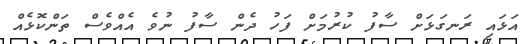
އަޅައި ރަނގަޅަށް ސާފު ކުރުމަށް ފަހު ދެން ސާފު ނުވެ އެއްވެސް ތަންކޮޅެއް